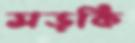
সড়কি